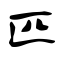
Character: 匹